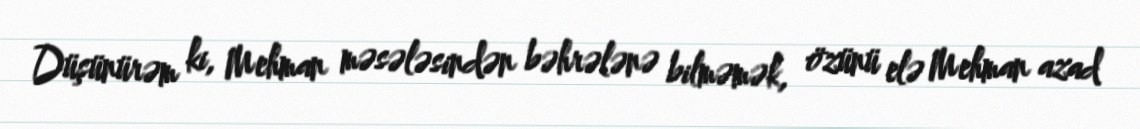
Düşünürəm ki, Mehman məsələsindən bəhrələnə bilməmək, özünü elə Mehman azad